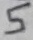
Text: 5